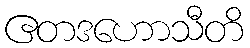
ဧတဒဟောသီတိ